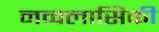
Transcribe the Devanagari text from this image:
नव्क्लासिकी